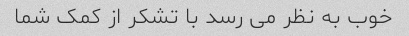
خوب به نظر می رسد با تشکر از کمک شما